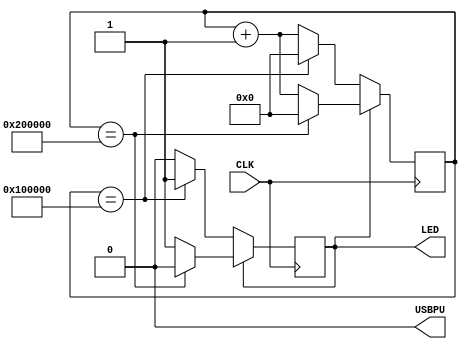
module led_blink (
	input CLK,
	output USBPU,
	output LED
);
	assign USBPU = 0;

	reg [22:0] counter = 0;
	reg led = 0;

	always @(posedge CLK) begin
		counter <= counter + 1;
		if (led) begin
			if (counter == 2097152) begin
				led <= 0;
				counter <= 0;
			end
		end else begin
			if (counter == 1048576) begin
				led <= 1;
				counter <= 0;
			end
		end
	end

	assign LED = led;
endmodule